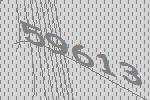
59613